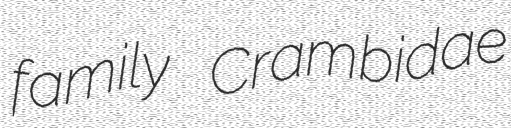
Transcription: family Crambidae